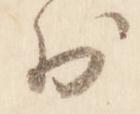
於